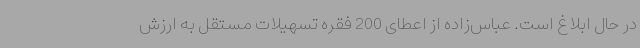
در حال ابلاغ است. عباس‌زاده از اعطای 200 فقره تسهیلات مستقل به ارزش